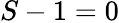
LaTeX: S-1=0